Leaving Certificate, 1897
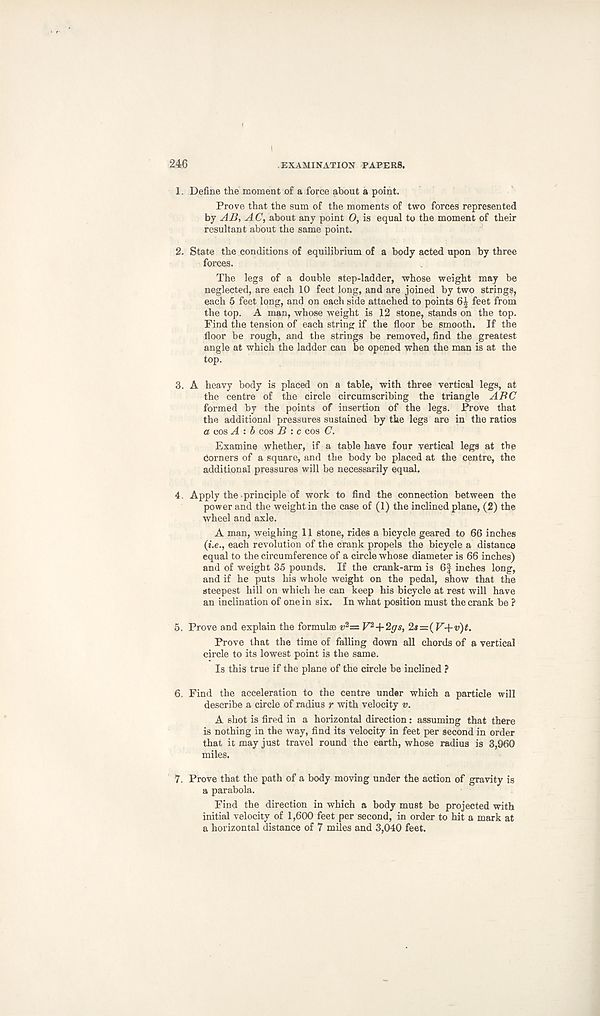
246
EXAMINATION PAPERS.
1. Define the moment of a force about a point.
Prove that the sum of the moments of two forces represented
by AB, A C, about any point 0, is equal to the moment of their
resultant about the same point.
2. State the conditions of equilibrium of a body acted upon by three
forces.
The legs of a double step-ladder, whose weight may be
neglected, are each 10 feet long, and are joined by two strings,
each 5 feet long, and on each side attached to points 6^ feet from
the top. A man, whose weight is 12 stone, stands on the top.
Find the tension of each string if the floor be smooth. If the
floor be rough, and the strings be removed, find the greatest
angle at which the ladder can be opened when the man is at the
top.
3. A heavy body is placed on a table, with three vertical legs, at
the centre of the circle circumscribing the triangle ABC
formed by the points of insertion of the legs. Prove that
the additional pressures sustained by the legs are in the ratios
a cos A : b cos B : c cos C.
Examine whether, if a table have four vertical legs at the
Corners of a square, and the body be placed at the centre, the
additional pressures will be necessarily equal.
4. Apply the principle of work to find the connection between the
power and the weight in the case of (1) the inclined plane, (2) the
wheel and axle.
A man, weighing 11 stone, rides a bicycle geared to 66 inches
(i.e., each revolution of the crank propels the bicycle a distance
equal to the circumference of a circle whose diameter is 66 inches)
and of weight 35 pounds. If the crank-arm is 6f inches long,
and if he puts his whole weight on the pedal, show that the
steepest hill on which he can keep his bicycle at rest will have
an inclination of one in six. In what position must the crank be ?
5. Prove and explain the formulae v 2 — V 2 +2gs, 2*=( V+v)t.
Prove that the time of falling down all chords of a vertical
circle to its lowest point is the same.
Is this true if the plane of the circle be inclined ?
6. Find the acceleration to the centre under which a particle will
describe a circle of radius r with velocity v.
A shot is fired in a horizontal direction: assuming that there
is nothing in the way, find its velocity in feet per second in order
that it may just travel round the earth, whose radius is 3,960
miles.
7. Prove that the path of a body moving under the action of gravity is
a parabola.
Find the direction in which a body must be projected with
initial velocity of 1,600 feet per second, in order to hit a mark at
a horizontal distance of 7 miles and 3,040 feet.